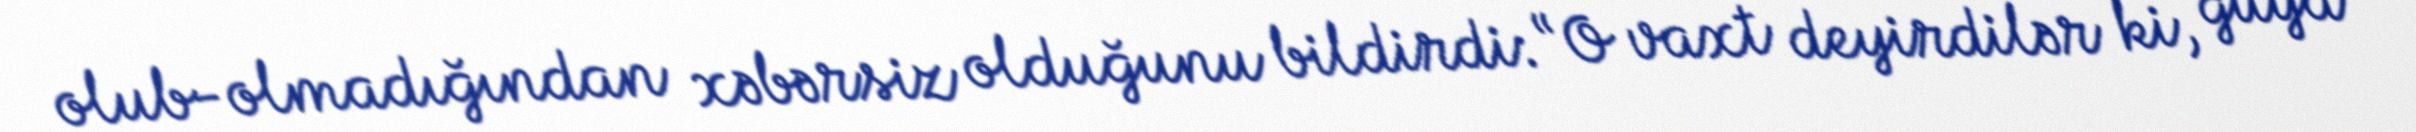
olub-olmadığından xəbərsiz olduğunu bildirdi: “O vaxt deyirdilər ki, guya